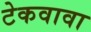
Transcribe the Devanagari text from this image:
टेकवावा